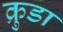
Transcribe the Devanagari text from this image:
क्रुडा